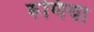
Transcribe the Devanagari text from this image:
रूणिया